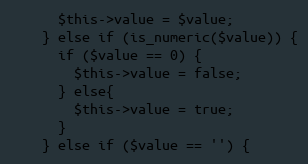
Language: PHP
      $this->value = $value;
    } else if (is_numeric($value)) {
      if ($value == 0) {
        $this->value = false;
      } else{
        $this->value = true;
      }
    } else if ($value == '') {